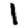
Digit: 1